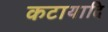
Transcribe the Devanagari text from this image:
कटायादि